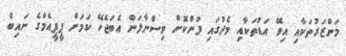
މަންޒަރުތަކާއި އިވޭ އަޑުތަކާއި މެދުގައި ފުންކޮށް ވިސްނާލަން އެބަޖެހޭ ކަމަށް ޕީޕީއެމްގެ ނައިބް